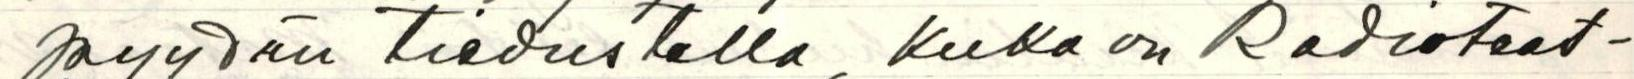
pyydän tiedustella, kuka on Radioteat-